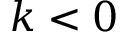
k < 0